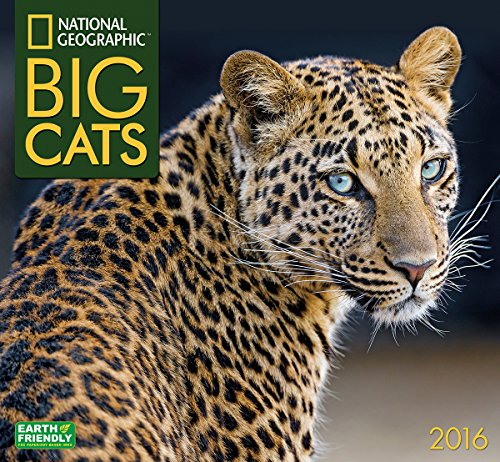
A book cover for Big Cats National Geographic 2016 Wall Calendar; National Geographic Society; Calendars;